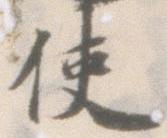
使